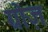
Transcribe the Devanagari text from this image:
ग्रोज़